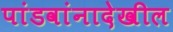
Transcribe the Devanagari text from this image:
पांडवांनादेखील